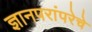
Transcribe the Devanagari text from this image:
ज्ञानपरांपरेचे